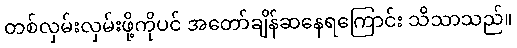
တစ်လှမ်းလှမ်းဖို့ကိုပင် အတော်ချိန်ဆနေရကြောင်း သိသာသည်။